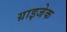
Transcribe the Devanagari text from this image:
ग्राइजेक